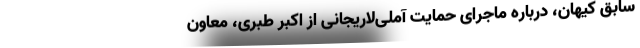
سابق کیهان، درباره ماجرای حمایت آملی‌لاریجانی از اکبر طبری، معاون